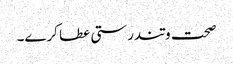
صحت وتندرستی عطا کرے۔